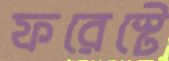
ফরেস্টে